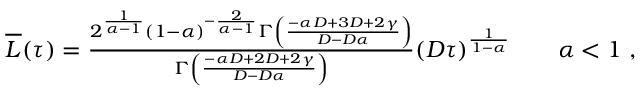
\begin{array} { r } { \overline { { L } } ( \tau ) = \frac { 2 ^ { \frac { 1 } { \alpha - 1 } } ( 1 - \alpha ) ^ { - \frac { 2 } { \alpha - 1 } } \Gamma \left( \frac { - \alpha D + 3 D + 2 \gamma } { D - D \alpha } \right) } { \Gamma \left( \frac { - \alpha D + 2 D + 2 \gamma } { D - D \alpha } \right) } ( D \tau ) ^ { \frac { 1 } { 1 - \alpha } } \qquad \alpha < 1 \ , } \end{array}